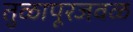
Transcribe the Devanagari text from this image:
तुळापूरजवळ